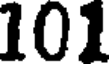
101